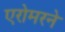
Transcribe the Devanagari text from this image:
एरोमरने